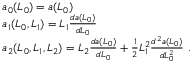
\begin{array} { r l } & { a _ { 0 } ( L _ { 0 } ) = a ( L _ { 0 } ) } \\ & { a _ { 1 } ( L _ { 0 } , L _ { 1 } ) = L _ { 1 } \frac { d a ( L _ { 0 } ) } { d L _ { 0 } } } \\ & { a _ { 2 } ( L _ { 0 } , L _ { 1 } , L _ { 2 } ) = L _ { 2 } \frac { d a ( L _ { 0 } ) } { d L _ { 0 } } + \frac { 1 } { 2 } L _ { 1 } ^ { 2 } \frac { d ^ { 2 } a ( L _ { 0 } ) } { d L _ { 0 } ^ { 2 } } \ . } \end{array}